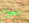
تعود